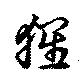
猩